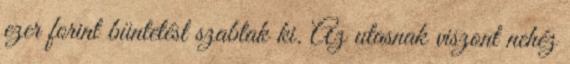
ezer forint büntetést szabtak ki. Az utasnak viszont nehéz